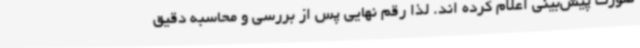
صورت پیش‌بینی اعلام کرده اند. لذا رقم نهایی پس از بررسی و محاسبه دقیق